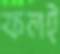
ফলই